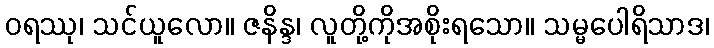
ဝရဿု၊ သင်ယူလော။ ဇနိန္ဒ၊ လူတို့ကိုအစိုးရသော။ သမ္မပေါရိသာဒ၊